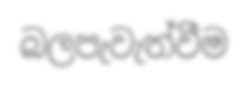
බලපැවැත්වීම